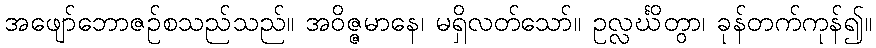
အဖျော်ဘောဇဉ်စသည်သည်။ အဝိဇ္ဇမာနေ၊ မရှိလတ်သော်။ ဥလ္လင်္ဃိတွာ၊ ခုန်တက်ကုန်၍။